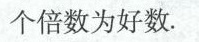
个倍数为好数。